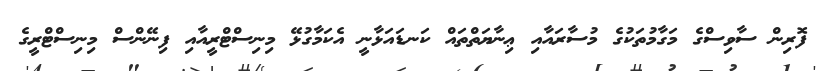
ފޮރިން ސާވިސްގެ މަގާމުތަކުގެ މުސާރައާއި ޢިނާޔަތްތައް ކަނޑައަޅާނީ އެކަމާގުޅޭ މިނިސްޓްރީއާއި ފިނޭންސް މިނިސްޓްރީގެ